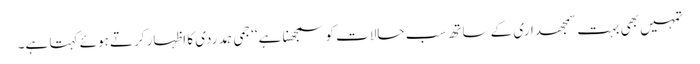
تمہیں بھی بہت سمجھداری کے ساتھ سب حالات کو سمجھنا ہے‘‘ جمی ہمدردی کا اظہار کرتے ہوئے کہتا ہے۔